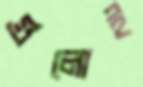
গুলোই